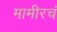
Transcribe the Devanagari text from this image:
मामीरचं